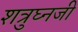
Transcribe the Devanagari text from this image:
शत्रुघ्नजी